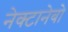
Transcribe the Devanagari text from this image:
नेक्टानेबो